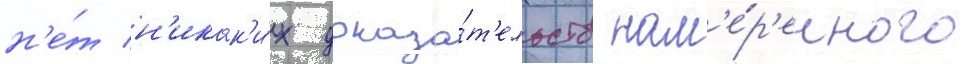
н'е́т н'икак'и́х доказа́т'ельств нам'е́р'енного